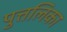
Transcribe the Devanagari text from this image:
पुत्तलिका